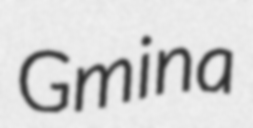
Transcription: Gmina